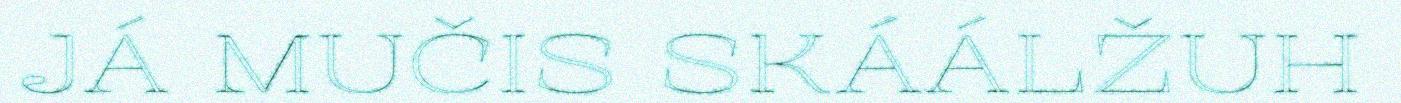
JÁ MUČIS SKÁÁLŽUH